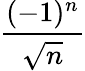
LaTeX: \frac{(-1)^{n}}{\sqrt{n}}